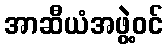
အာဆီယံအဖွဲ့ဝင်